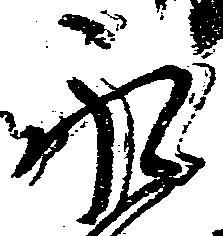
永